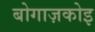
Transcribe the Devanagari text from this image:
बोगाज़कोइ